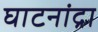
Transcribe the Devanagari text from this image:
घाटनांद्रा